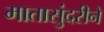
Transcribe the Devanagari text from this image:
मातासुंदरीने